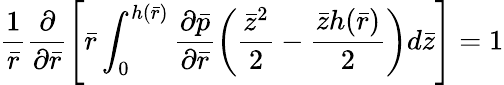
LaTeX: \frac{1}{\bar{r}}\frac{\partial}{\partial\bar{r}}\left[\bar{r}\int_{0}^{h(\bar{r})}\frac{{\partial}\bar{p}}{{\partial}\bar{r}}\left(\frac{{\bar{z}}^{2}}{2}-\frac{{\bar{z}h(\bar{r})}}{2}\right)d\bar{z}\right]=1